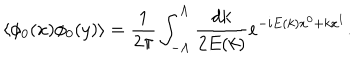
\langle \phi _ { 0 } ( x ) \phi _ { 0 } ( y ) \rangle = \frac { 1 } { 2 \pi } \int _ { - \Lambda } ^ { \Lambda } \frac { d k } { 2 E ( k ) } e ^ { - i E ( k ) x ^ { 0 } + k x ^ { 1 } } .